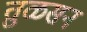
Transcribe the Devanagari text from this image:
तुळसन